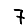
Digit: 7